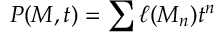
P ( M , t ) = \sum \ell ( M _ { n } ) t ^ { n }